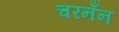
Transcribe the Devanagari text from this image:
चरनँन